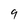
Character: 9